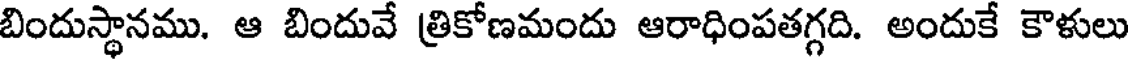
బిందుస్థానము. ఆ బిందువే త్రికోణమందు ఆరాధింపతగ్గది. అందుకే కౌళులు